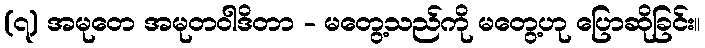
(၇) အမုတေ အမုတဝါဒိတာ - မတွေ့သည်ကို မတွေ့ဟု ပြောဆိုခြင်း။